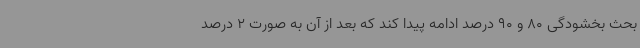
بحث بخشودگی 80 و 90 درصد ادامه پیدا کند که بعد از آن به صورت 2 درصد